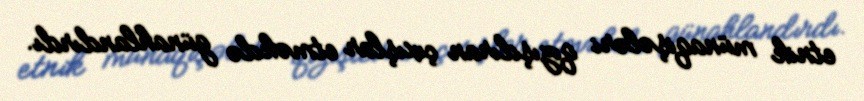
etnik münaqişələri qızışdıran çıxışlar etməkdə günahlandırdı.